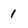
Character: 1